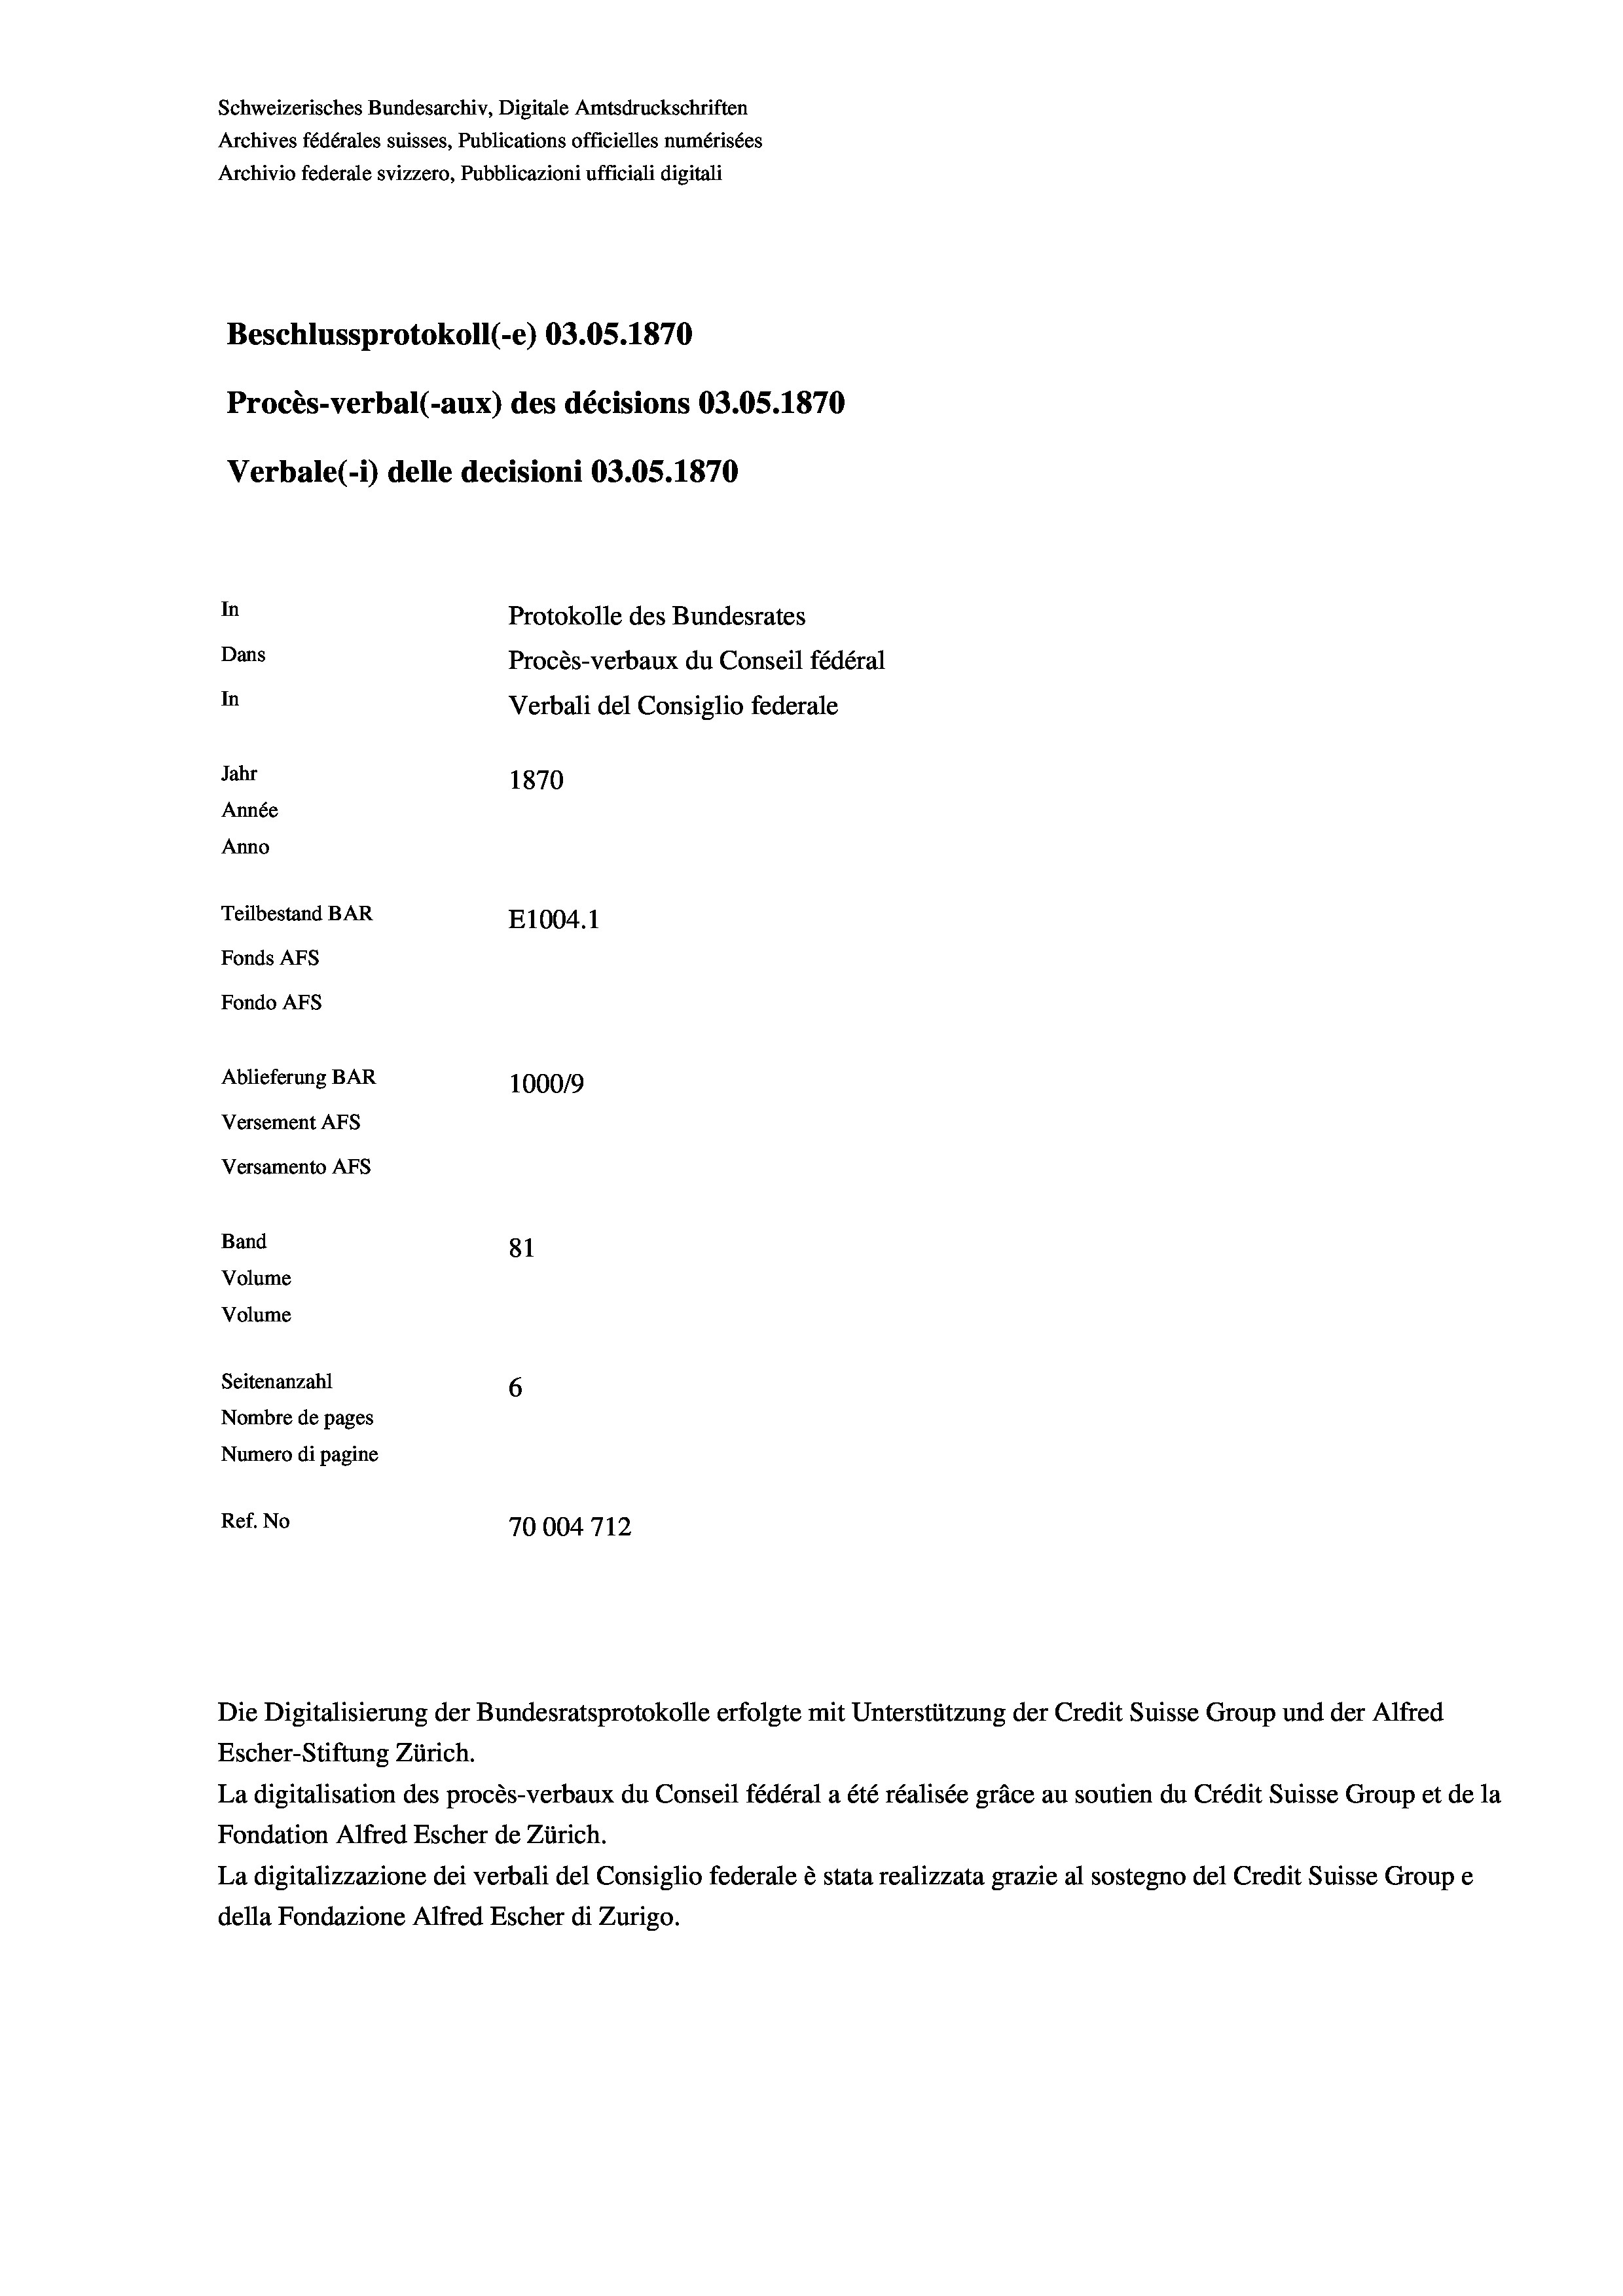
Schweizerisches Bundesarchiv, Digitale Amtsdruckschriften
Archives fédérales suisses, Publications officielles numérisées
Archivio federale svizzero, Pubblicazioni ufficiali digitali
Beschlussprotokoll (-e) 03.05. 1870
Procès-verbal (-aux) des décisions 03.05. 1870
Verbale(-*) delle decisioni 03.05. 1870
In
Protokolle des Bundesrates
Dans
Procès-verbaux du Conseil fédéral
In
Verbali del Consiglio federale
Jahr
1870
Année
Anno
Teilbestand BAR
E1004.1
Fonds AFs
Fondo AFs
Ablieferung BAR
100019
Versement Abs
Versamento Afs

81
Seitenanzahl
6
Nombre de pages
Numero di pagine
Ref. No
70004712

Band
Volume
Volume

Die Digitalisierung der Bundesratsprotokolle erfolgte mit Unterstützung der Credit Suisse Group und der Alfred
Escher-Stiftung Zürich.

La digitalisation des procès-verbaux du Conseil fédéral a été réalisée gräce au soutien du Crédit Suisse Group et de la
Fondation Alfred Escher de Zürich.
La digitalizzazione dei verbali del Consiglio federale è stata realizzata grazie al sostegno del Credit Suisse Groupe
della Fondazione Alfred Escher di Zurigo.